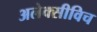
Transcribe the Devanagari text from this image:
अलेक्सीविच